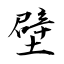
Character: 壁